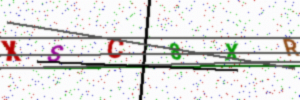
Text: XSC8XR